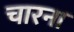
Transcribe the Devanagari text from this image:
चारना